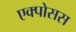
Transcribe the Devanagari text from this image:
एक्पोसस